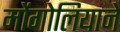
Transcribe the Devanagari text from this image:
मोंगोलियाने